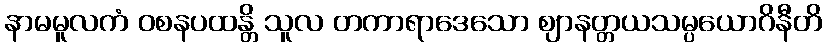
နာမမူလကံ ဝစနပထန္တိ သူလ တကာရာဒေသော ဈာနတ္တယသမ္ပယောဂိနီတိ